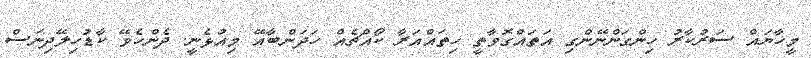
މީހާޔައް ސަރުކާރު ހިންގަންނޭންގި އަތައްގޮވާތީ ހިތައްއަރާ ކޯއްޗެއް ހަދަންބާއޭ މިއުޅެނީ. ދެންހެވޭ ކާޑުހިލޭދިނަސް